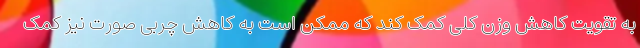
به تقویت کاهش وزن کلی کمک کند که ممکن است به کاهش چربی صورت نیز کمک